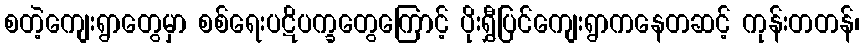
စတဲ့ကျေးရွာတွေမှာ စစ်ရေးပဋိပက္ခတွေကြောင့် ပိုးရွှီပြင်ကျေးရွာကနေတဆင့် ကုန်းတတန်၊